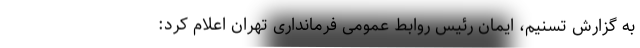
به گزارش تسنیم، ‌ایمان رئیس روابط عمومی فرمانداری تهران اعلام کرد: